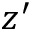
z ^ { \prime }